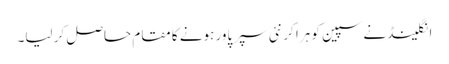
انگلینڈ نے سپین کو ہرا کر نئی سپر پاور ہونے کا مقام حاصل کر لیا۔